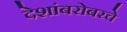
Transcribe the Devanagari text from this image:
देशांबरोबरचे